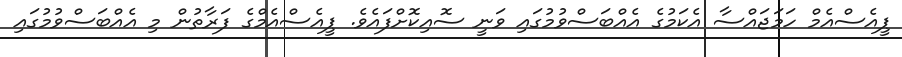
ޕީއެސްއެމް ހަމަޖައްސާ އެކަމުގެ އެއްބަސްވުމުގައި ވަނީ ސޮއިކޮށްފައެވެ. ޕީއެސްއެމްގެ ފަރާތުން މި އެއްބަސްވުމުގައި